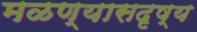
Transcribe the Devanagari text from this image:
मळण्यासदृष्य